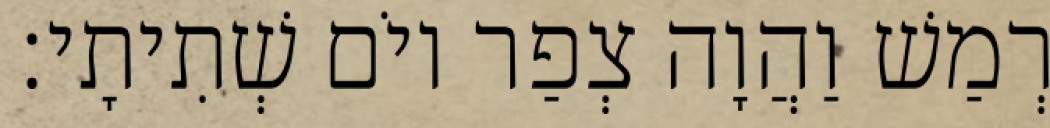
רְמַשׁ וַהֲוָה צְפַר יוֹם שְׁתִיתָי׃